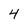
Character: 4